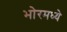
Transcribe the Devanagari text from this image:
भोरमध्ये